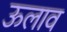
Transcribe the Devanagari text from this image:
ऊलाव